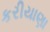
કરીયાણા